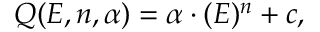
Q ( E , n , \alpha ) = \alpha \cdot ( E ) ^ { n } + c ,